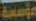
مؤسسة